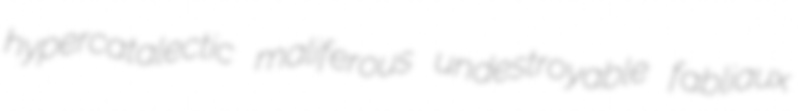
hypercatalectic maliferous undestroyable fabliaux